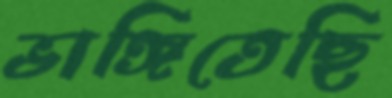
ভাঙ্গিতেছি